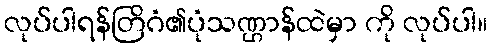
လုပ်ပါရန်တြိဂံ၏ပုံသဏ္ဌာန်ထဲမှာ ကို လုပ်ပါ။